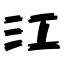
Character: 江